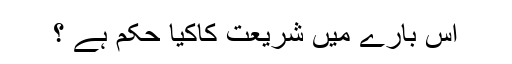
اس بارے میں شریعت کاکیا حکم ہے ؟